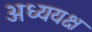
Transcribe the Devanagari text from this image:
अध्ययक्ष